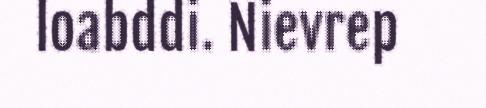
loabddi. Nievrep